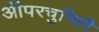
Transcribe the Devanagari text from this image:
ऑपरचुनिटी